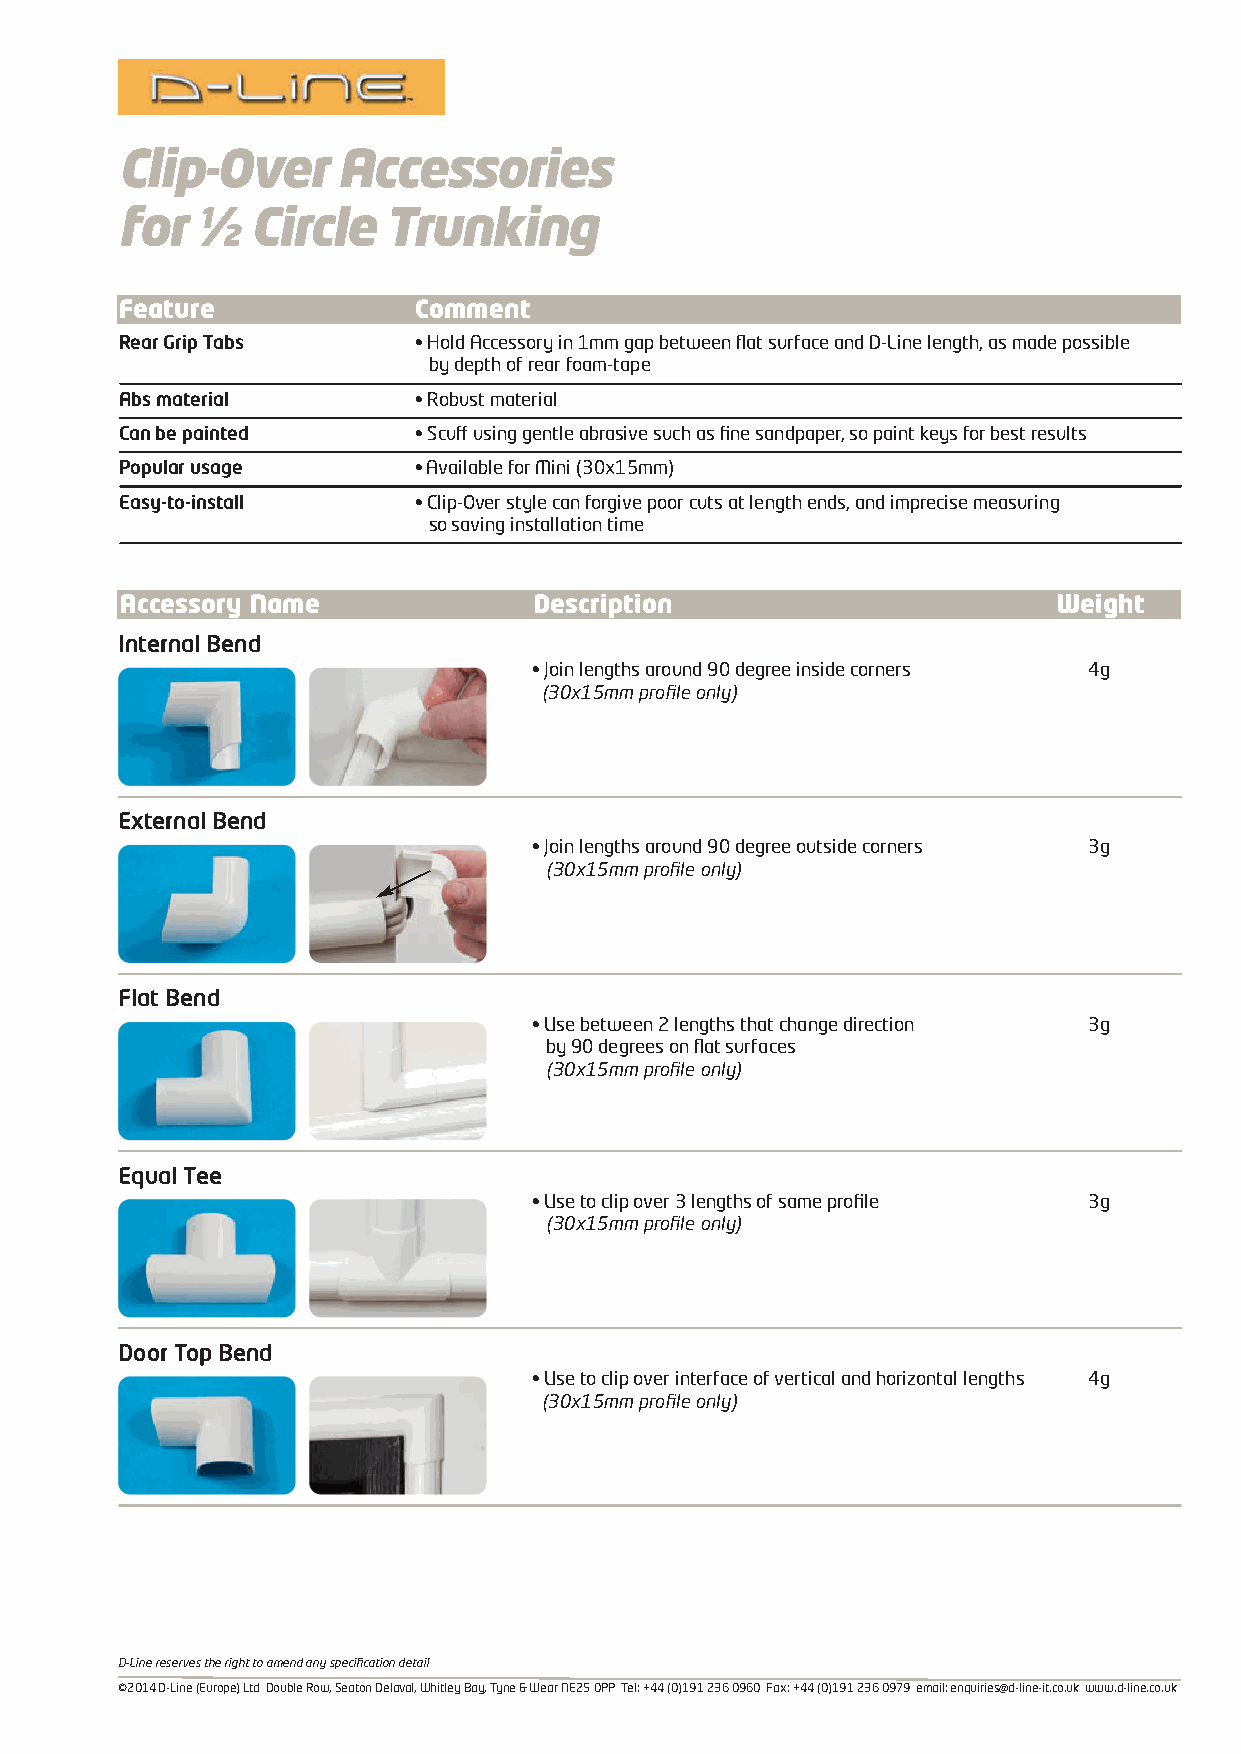
Clip-Over     Accessories
 for  ½   Circle  Trunking
 Feature            Comment
 Rear Grip Tabs     • Hold Accessory in 1mm gap between flat surface and D-Line length, as made possible
 by depth of rear foam-tape
 Abs material       • Robust material
 Can be painted     • Scuff using gentle abrasive such as fine sandpaper, so paint keys for best results
 Popular usage      • Available for Mini (30x15mm)
 Easy-to-install    • Clip-Over style can forgive poor cuts at length ends, and imprecise measuring
 so saving installation time
 Accessory Name             Description                        Weight
 Internal Bend
 • Join lengths around 90 degree inside corners 4g
 (30x15mm profile only)
 External Bend
 • Join lengths around 90 degree outside corners 3g
 (30x15mm profile only)
 Flat Bend
 • Use between 2 lengths that change direction 3g
 by 90 degrees on flat surfaces
 (30x15mm profile only)
 Equal Tee
 • Use to clip over 3 lengths of same profile 3g
 (30x15mm profile only)
 Door Top Bend
 • Use to clip over interface of vertical and horizontal lengths 4g
 (30x15mm profile only)
 D-Line reserves the right to amend any specification detail
 ©2014 D-Line (Europe) Ltd Double Row, Seaton Delaval, Whitley Bay, Tyne & Wear NE25 0PP Tel: +44 (0)191 236 0960 Fax: +44 (0)191 236 0979 email: enquiries@d-line-it.co.uk www.d-line.co.uk